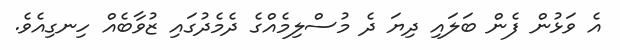
އެ ވަޅުން ފެން ބަލައި ދިޔަ ދެ މުސްލިމެއްގެ ދެމެދުގައި ޒުވާބެއް ހިނގިއެވެ.